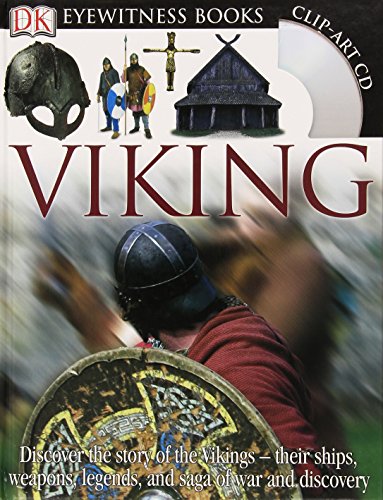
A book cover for Viking (DK Eyewitness Books); Susan Margeson; Children's Books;